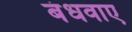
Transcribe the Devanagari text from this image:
बंधवाए